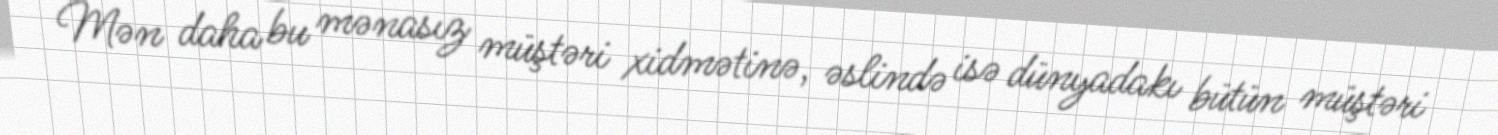
Mən daha bu mənasız müştəri xidmətinə, əslində isə dünyadakı bütün müştəri